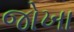
જોખા